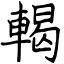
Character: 輵